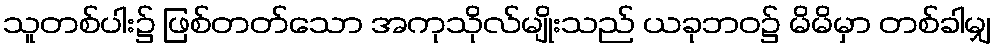
သူတစ်ပါး၌ ဖြစ်တတ်သော အကုသိုလ်မျိုးသည် ယခုဘဝ၌ မိမိမှာ တစ်ခါမျှ